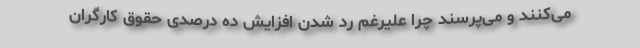
می‌کنند و می‌پرسند چرا علیرغم رد شدن افزایش ده درصدی حقوق کارگران